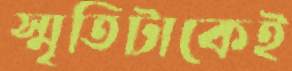
স্মৃতিটাকেই